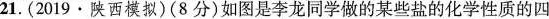
21. (2019·陕西模拟)(8分)如图是李龙同学做的某些盐的化学性质的四